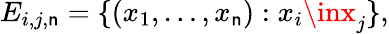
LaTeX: E_{i,j,\mathsf{n}}=\{ (x_{1},\ldots,x_{\mathsf{n}}):x_{i}\inx_{j}\} ,